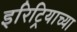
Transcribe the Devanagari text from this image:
इरिट्रियाच्या